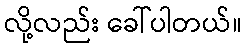
လို့လည်း ခေါ်ပါတယ်။